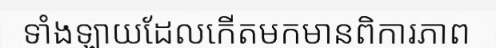
ទាំងឡាយដែលកើតមកមានពិការភាព